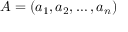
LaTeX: A = ( a _ { 1 } , a _ { 2 } , \dots , a _ { n } )